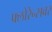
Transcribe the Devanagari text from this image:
फ्लोरेन्सवर